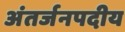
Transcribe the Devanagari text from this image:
अंतर्जनपदीय